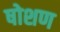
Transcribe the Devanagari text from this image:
षोशण